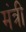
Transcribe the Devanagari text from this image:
मंत्री